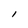
Character: l